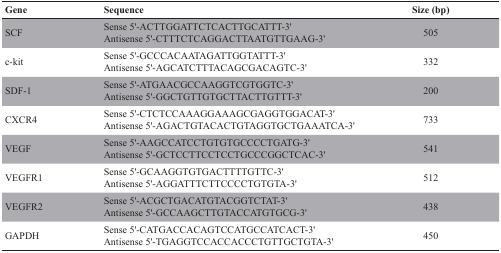
| Gene | Sequence | Size (bp) |
 | --- | --- | --- |
 | SCF | Sense 5'-ACTTGGATTCTCACTTGCATTT-3'Antisense 5'-CTTTCTCAGGACTTAATGTTGAAG-3' | 505 |
 | c-kit | Sense 5'-GCCCACAATAGATTGGTATTT-3'Antisense 5'-AGCATCTTTACAGCGACAGTC-3' | 332 |
 | SDF-1 | Sense 5'-ATGAACGCCAAGGTCGTGGTC-3'Antisense 5'-GGCTGTTGTGCTTACTTGTTT-3' | 200 |
 | CXCR4 | Sense 5'-CTCTCCAAAGGAAAGCGAGGTGGACAT-3'Antisense 5'-AGACTGTACACTGTAGGTGCTGAAATCA-3' | 733 |
 | VEGF | Sense 5'-AAGCCATCCTGTGTGCCCCTGATG-3'Antisense 5'-GCTCCTTCCTCCTGCCCGGCTCAC-3' | 541 |
 | VEGFR1 | Sense 5'-GCAAGGTGTGACTTTTGTTC-3'Antisense 5'-AGGATTTCTTCCCCTGTGTA-3' | 512 |
 | VEGFR2 | Sense 5'-ACGCTGACATGTACGGTCTAT-3'Antisense 5'-GCCAAGCTTGTACCATGTGCG-3' | 438 |
 | GAPDH | Sense 5'-CATGACCACAGTCCATGCCATCACT-3'Antisense 5'-TGAGGTCCACCACCCTGTTGCTGTA-3' | 450 |